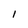
Character: l